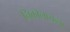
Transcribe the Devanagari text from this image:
निकोलायेव्ना